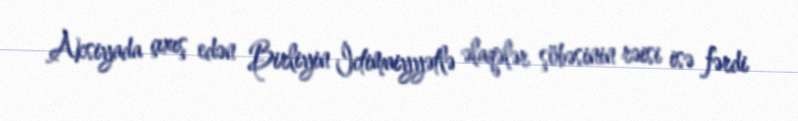
Aksiyada çıxış edən Birliyin İctimaiyyətlə əlaqələr şöbəsinin rəisi isə fərdi